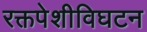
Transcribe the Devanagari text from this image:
रक्तपेशीविघटन